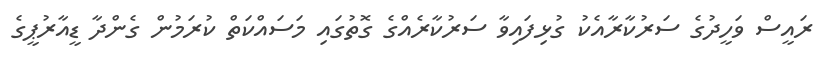
ރައީސް ވަހީދުގެ ސަރުކާރާއެކު ގުޅިފައިވާ ސަރުކާރެއްގެ ގޮތުގައި މަސައްކަތް ކުރަމުން ގެންދާ ޑީއާރުޕީގެ